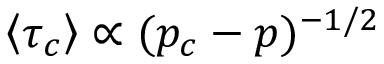
\left\langle \tau _ { c } \right\rangle \propto ( p _ { c } - p ) ^ { - 1 / 2 }